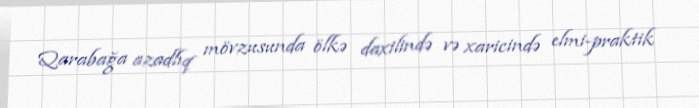
Qarabağa azadlıq mövzusunda ölkə daxilində və xaricində elmi-praktik